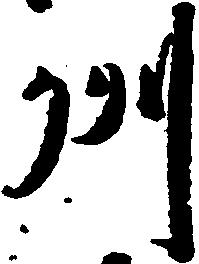
州